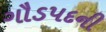
ગૌડપદની